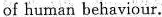
of human behaviour.